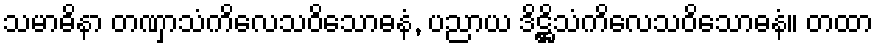
သမာဓိနာ တဏှာသံကိလေသဝိသောဓနံ, ပညာယ ဒိဋ္ဌိသံကိလေသဝိသောဓနံ။ တထာ